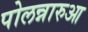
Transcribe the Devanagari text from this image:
पोलन्नारुआ